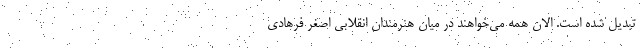
تبدیل شده است. الان همه می‌خواهند در میان هنرمندان انقلابی اصغر فرهادی